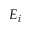
E _ { i }